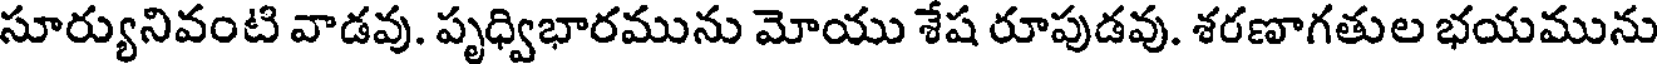
సూర్యునివంటి వాడవు. పృధ్విభారమును మోయు శేష రూపుడవు. శరణాగతుల భయమును